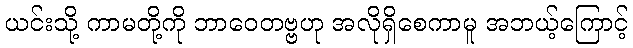
ယင်းသို့ ကာမတို့ကို ဘာဝေတဗ္ဗဟု အလိုရှိစေကာမူ အဘယ့်ကြောင့်